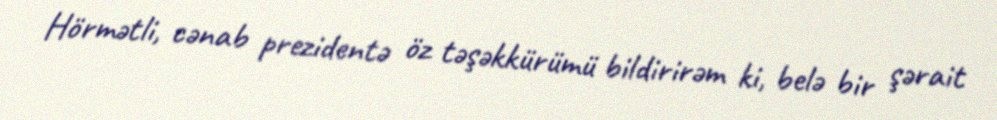
Hörmətli, cənab prezidentə öz təşəkkürümü bildirirəm ki, belə bir şərait